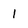
Character: I